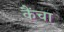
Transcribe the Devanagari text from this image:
कैंचा